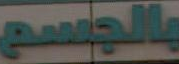
بالجسم